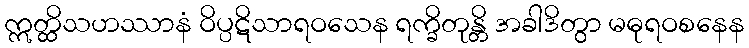
ဣတ္ထိသဟဿာနံ ဝိပ္ပဋိသာရဝသေန ရက္ခိတုန္တိ အခါဒိတွာ မဓုရဝစနေန